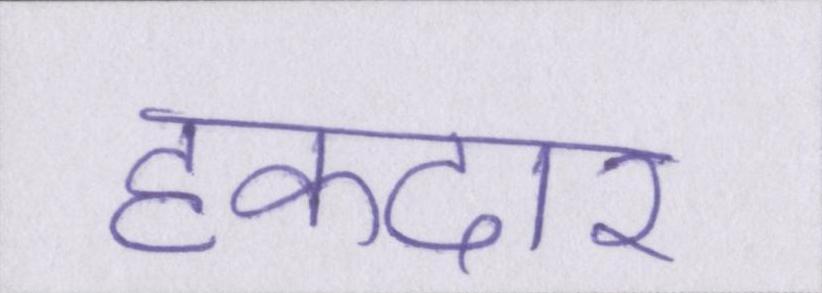
हकदार